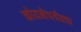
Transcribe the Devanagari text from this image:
कोयनेपर्यंतचा